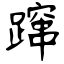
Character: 蹿